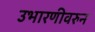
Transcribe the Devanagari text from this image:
उभारणीवरुन